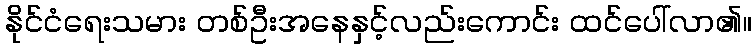
နိုင်ငံရေးသမား တစ်ဦးအနေနှင့်လည်းကောင်း ထင်ပေါ်လာ၏။